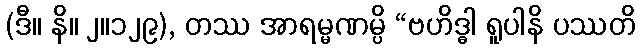
(ဒီ။ နိ။ ၂။၁၂၉), တဿ အာရမ္မဏမ္ပိ “ဗဟိဒ္ဓါ ရူပါနိ ပဿတိ